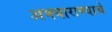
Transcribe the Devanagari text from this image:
अभयाराण्याचे